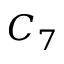
C _ { 7 }